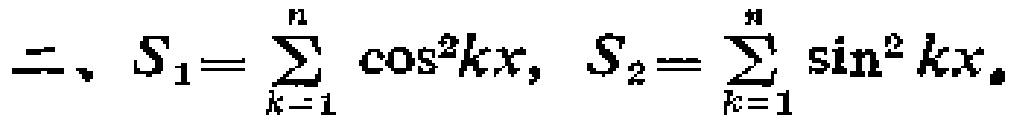
二、$S_{1}=\sum_{k = 1}^{n} \cos^{2}kx, S_{2}=\sum_{k = 1}^{n} \sin^{2}kx$。